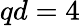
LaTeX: qd=4